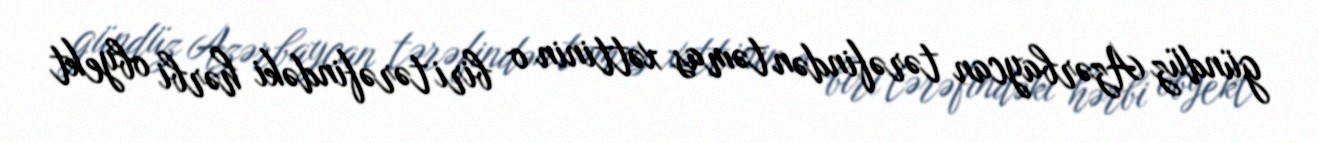
gündüz Azərbaycan tərəfindən təmas xəttinin o biri tərəfindəki hərbi obyekt